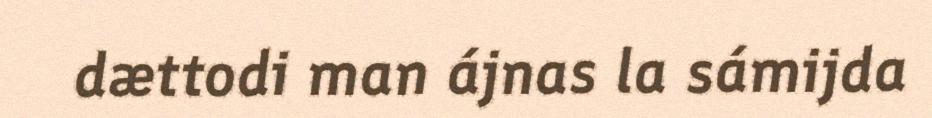
dættodi man ájnas la sámijda